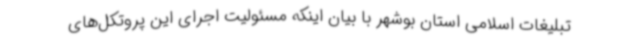
تبلیغات اسلامی استان بوشهر با بیان اینکه مسئولیت اجرای این پروتکل‌های